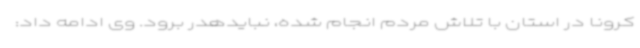
کرونا در استان با تلاش مردم انجام شده، نبایدهدر برود. وی ادامه داد: